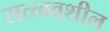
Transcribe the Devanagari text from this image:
सत्त्ववशील